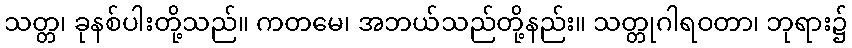
သတ္တ၊ ခုနစ်ပါးတို့သည်။ ကတမေ၊ အဘယ်သည်တို့နည်း။ သတ္တုဂါရဝတာ၊ ဘုရား၌